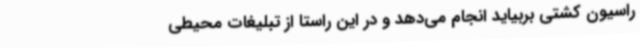
راسیون کشتی بربیاید انجام می‌دهد و در این راستا از تبلیغات محیطی